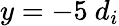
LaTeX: y=-5\ d_{i}